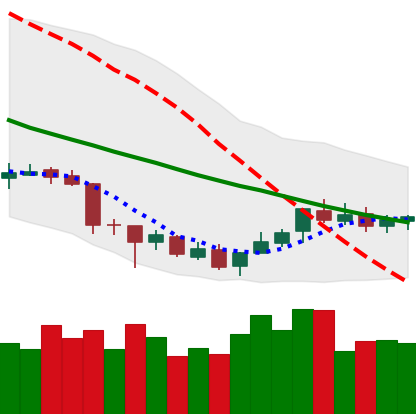
Ticker: XLM-USD
Chart end date: 2018-07-07
Forward return: -10.905%
Label: down_7plus